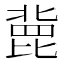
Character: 𣬏